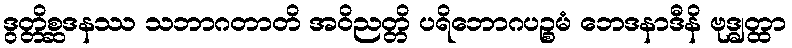
ဒွတ္တိစ္ဆဒနဿ သဘာဂတာတိ အဝိညတ္တိ ပရိဘောဂပဉ္စမံ ဘေဒနာဒီနိ ဗုဒ္ဓျတ္ထာ